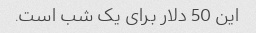
این 50 دلار برای یک شب است.